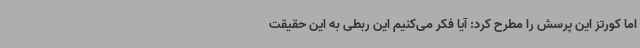
اما کورتز این پرسش را مطرح کرد: آیا فکر می‌کنیم این ربطی به این حقیقت